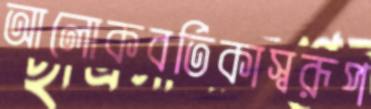
আলোকবর্তিকাস্বরূপ